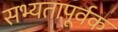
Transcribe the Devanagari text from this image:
सभ्यतापूर्वक